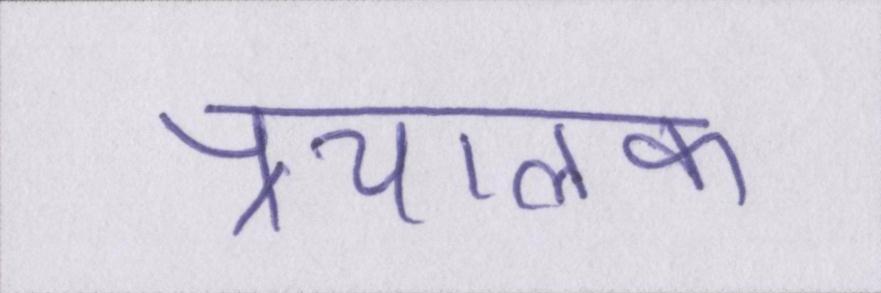
प्रचालक